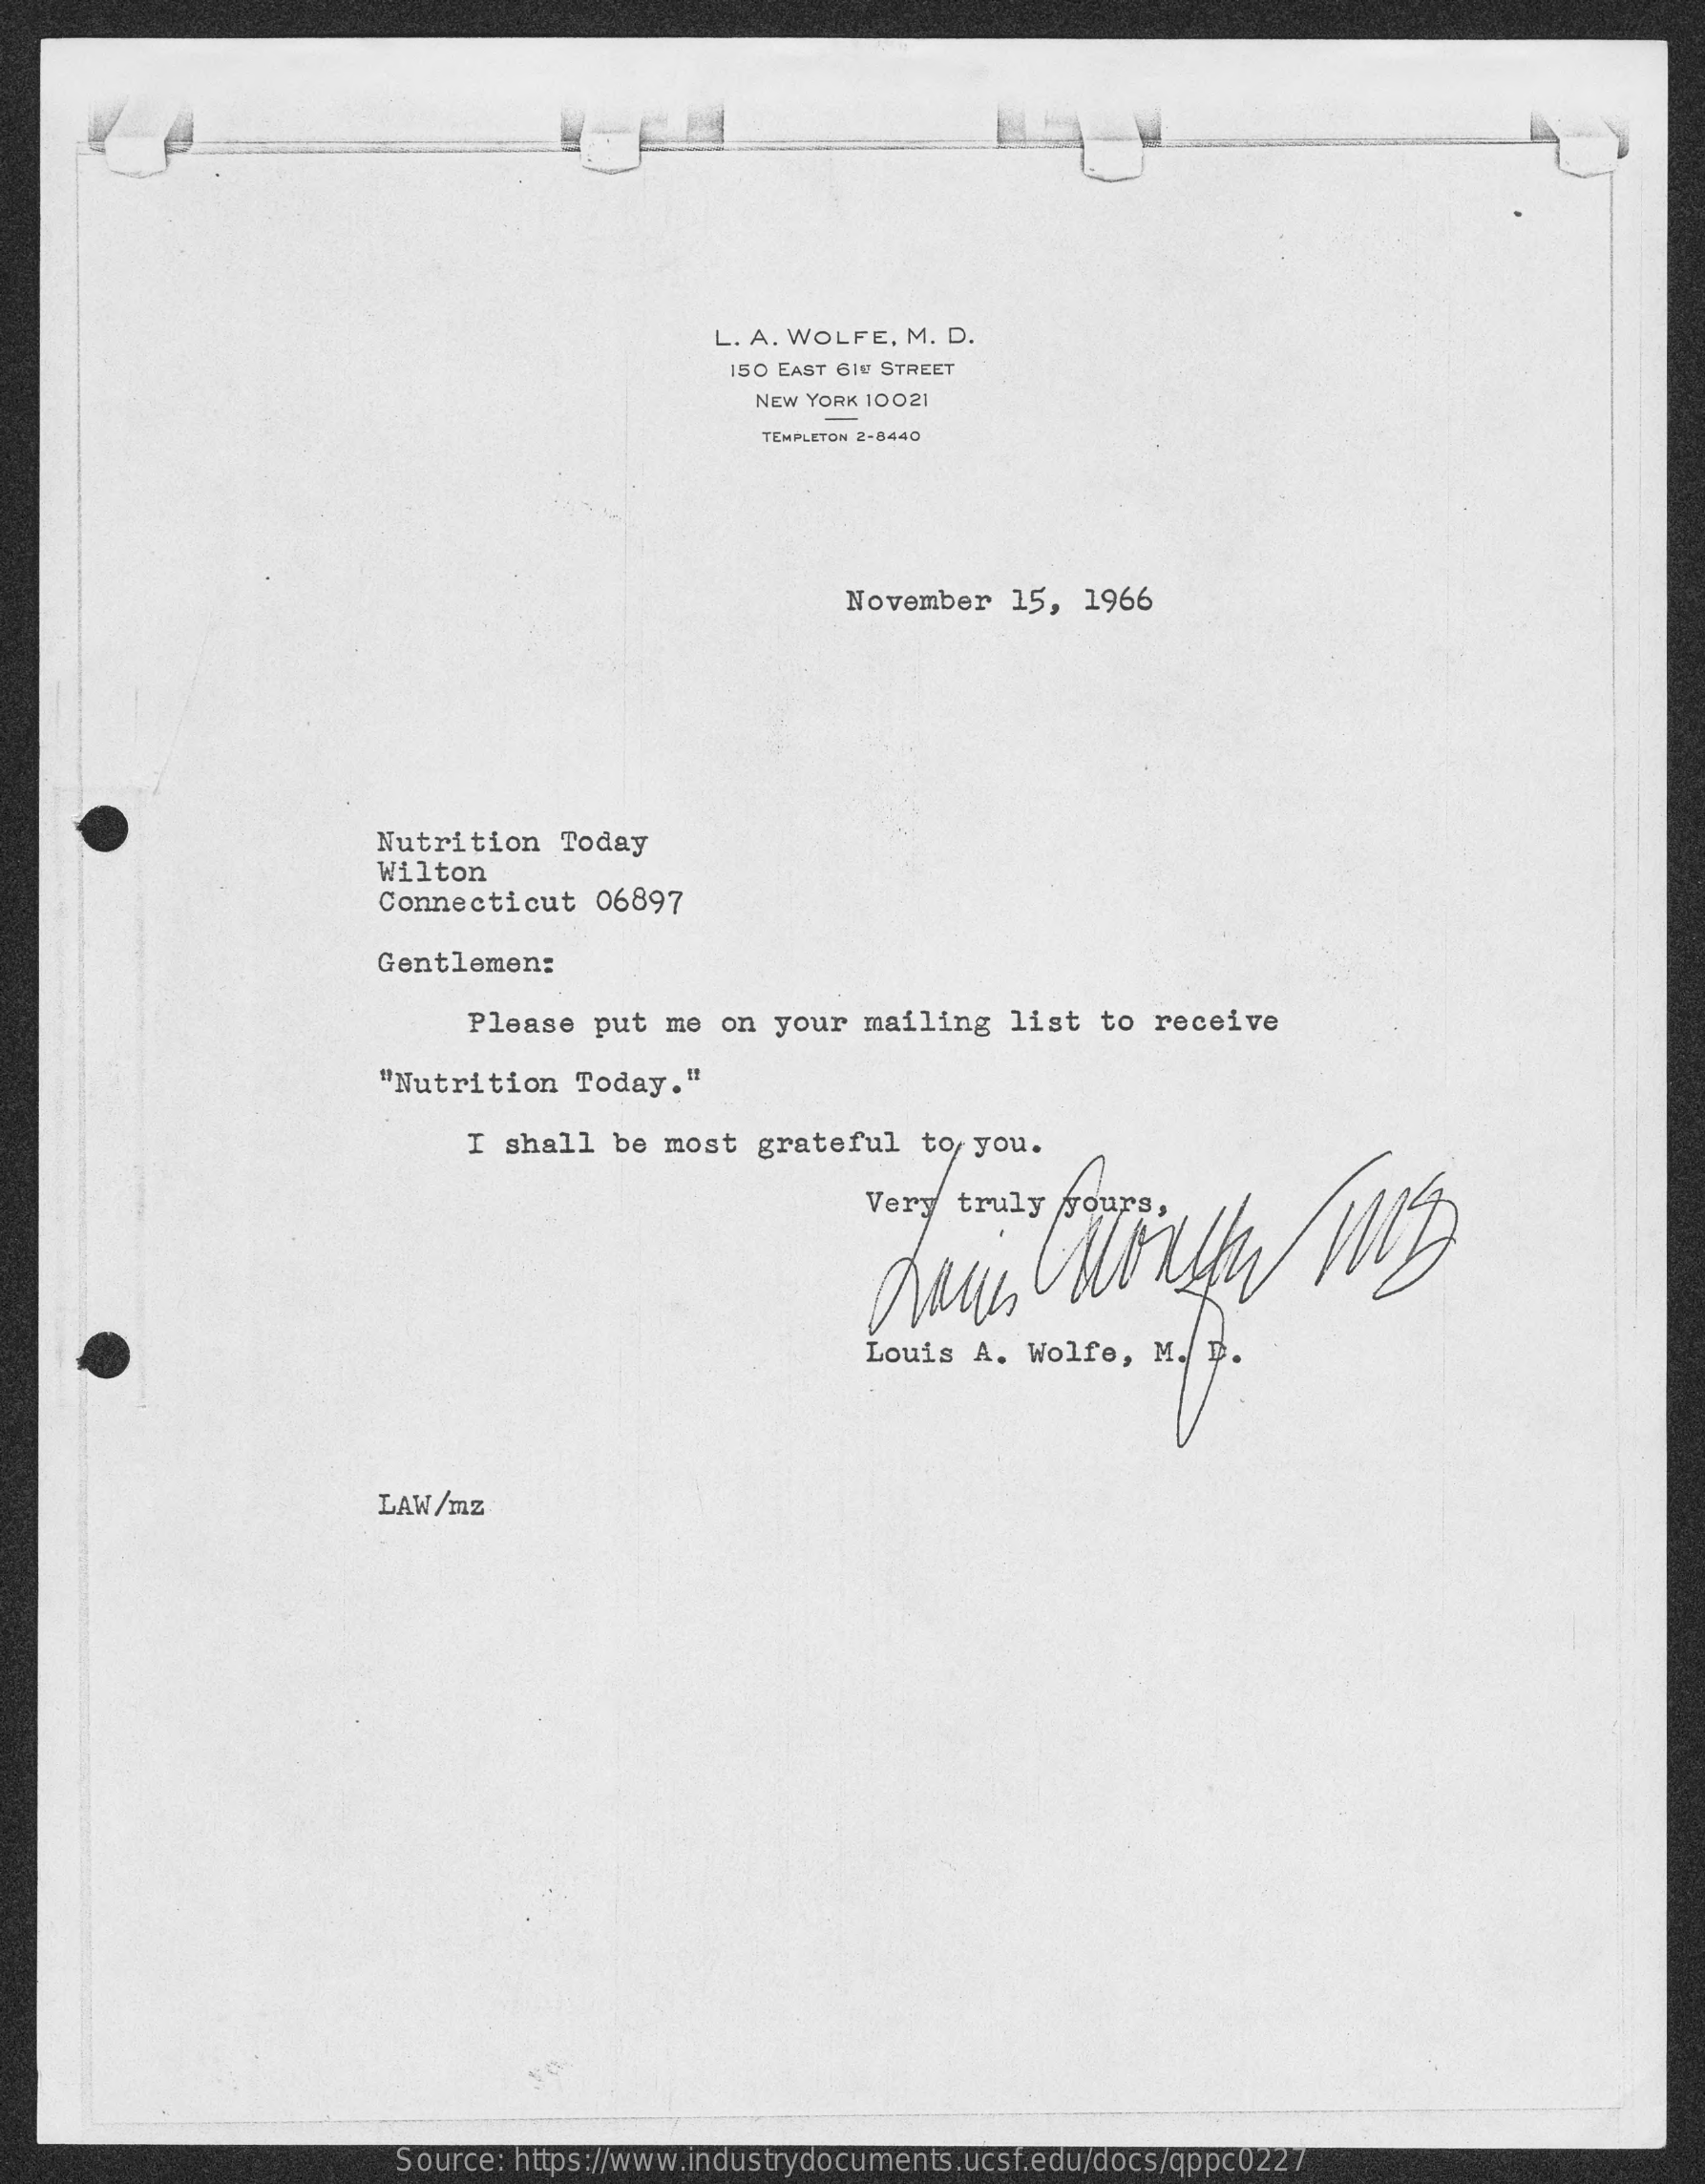
L. A. WOLFE, M. D.
     150 EAST GIN STREET
     NEW YORK 10021
     TEMPLETON 2-8440
     November   15, 1966
     Nutrition  Today
     Wilton
     Connecticut   06897
     Gentlemen:
     Please put  me  on your  mailing  list  to  receive
     "Nutrition  Today."
     I shall  be most  grateful   to you.
     Louis  A. Wolfe,   M. p.
     LAW/mz
     Source: https://www.industrydocuments.ucsf.edu/docs/qppc0227